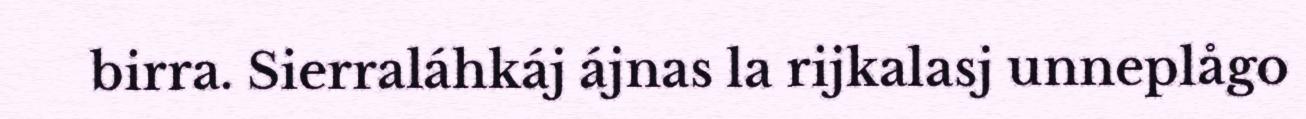
birra. Sierraláhkáj ájnas la rijkalasj unneplågo